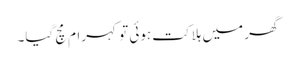
گھر میں ہلاکت ہوئی تو کہرام مچ گیا۔